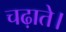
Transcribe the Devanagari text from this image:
चढ़ाते।